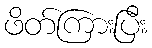
ဖိတ်ကြားပြီး